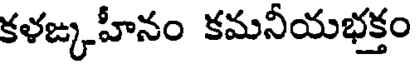
కళజ్కహీనం కమనీయభక్తం